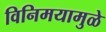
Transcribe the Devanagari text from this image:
विनिमयामुळे